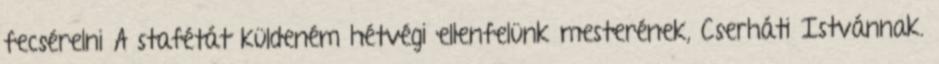
fecsérelni A stafétát küldeném hétvégi ellenfelünk mesterének, Cserháti Istvánnak.